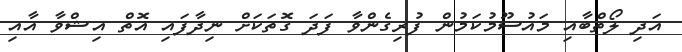
އަދި ލޯތްބާއި މައުސޫމުކަމުން ފުރިގެންވާ ފަދަ ގޮތަކަށް ނިދާފައި އޮތް އިޝްވާ އާއި